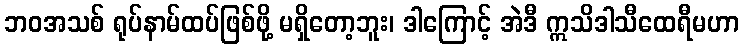
ဘဝအသစ် ရုပ်နာမ်ထပ်ဖြစ်ဖို့ မရှိတော့ဘူး၊ ဒါကြောင့် အဲဒီ ဣသိဒါသီထေရီမဟာ